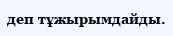
деп тұжырымдайды.